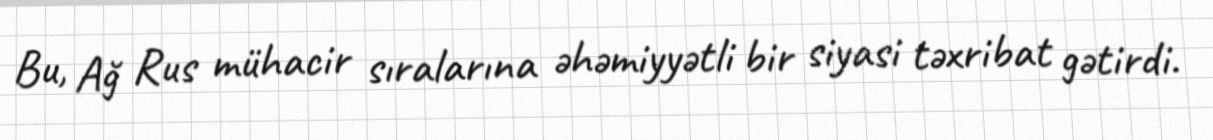
Bu, Ağ Rus mühacir sıralarına əhəmiyyətli bir siyasi təxribat gətirdi.